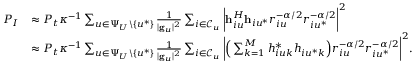
\begin{array} { r l } { P _ { I } } & { \approx P _ { t } \kappa ^ { - 1 } \sum _ { u \in \Psi _ { U } \backslash \{ u ^ { * } \} } \frac { 1 } { | \mathbf { g } _ { u } | ^ { 2 } } \sum _ { i \in \mathcal { C } _ { u } } \bigg | \mathbf { h } _ { i u } ^ { H } \mathbf { h } _ { i u ^ { * } } r _ { i u } ^ { - \alpha / 2 } r _ { i u ^ { * } } ^ { - \alpha / 2 } \bigg | ^ { 2 } } \\ & { \approx P _ { t } \kappa ^ { - 1 } \sum _ { u \in \Psi _ { U } \backslash \{ u ^ { * } \} } \frac { 1 } { | \mathbf { g } _ { u } | ^ { 2 } } \sum _ { i \in \mathcal { C } _ { u } } \bigg | \Big ( \sum _ { k = 1 } ^ { M } h _ { i u k } ^ { * } h _ { i u ^ { * } k } \Big ) r _ { i u } ^ { - \alpha / 2 } r _ { i u ^ { * } } ^ { - \alpha / 2 } \bigg | ^ { 2 } . } \end{array}